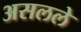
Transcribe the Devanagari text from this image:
असलले